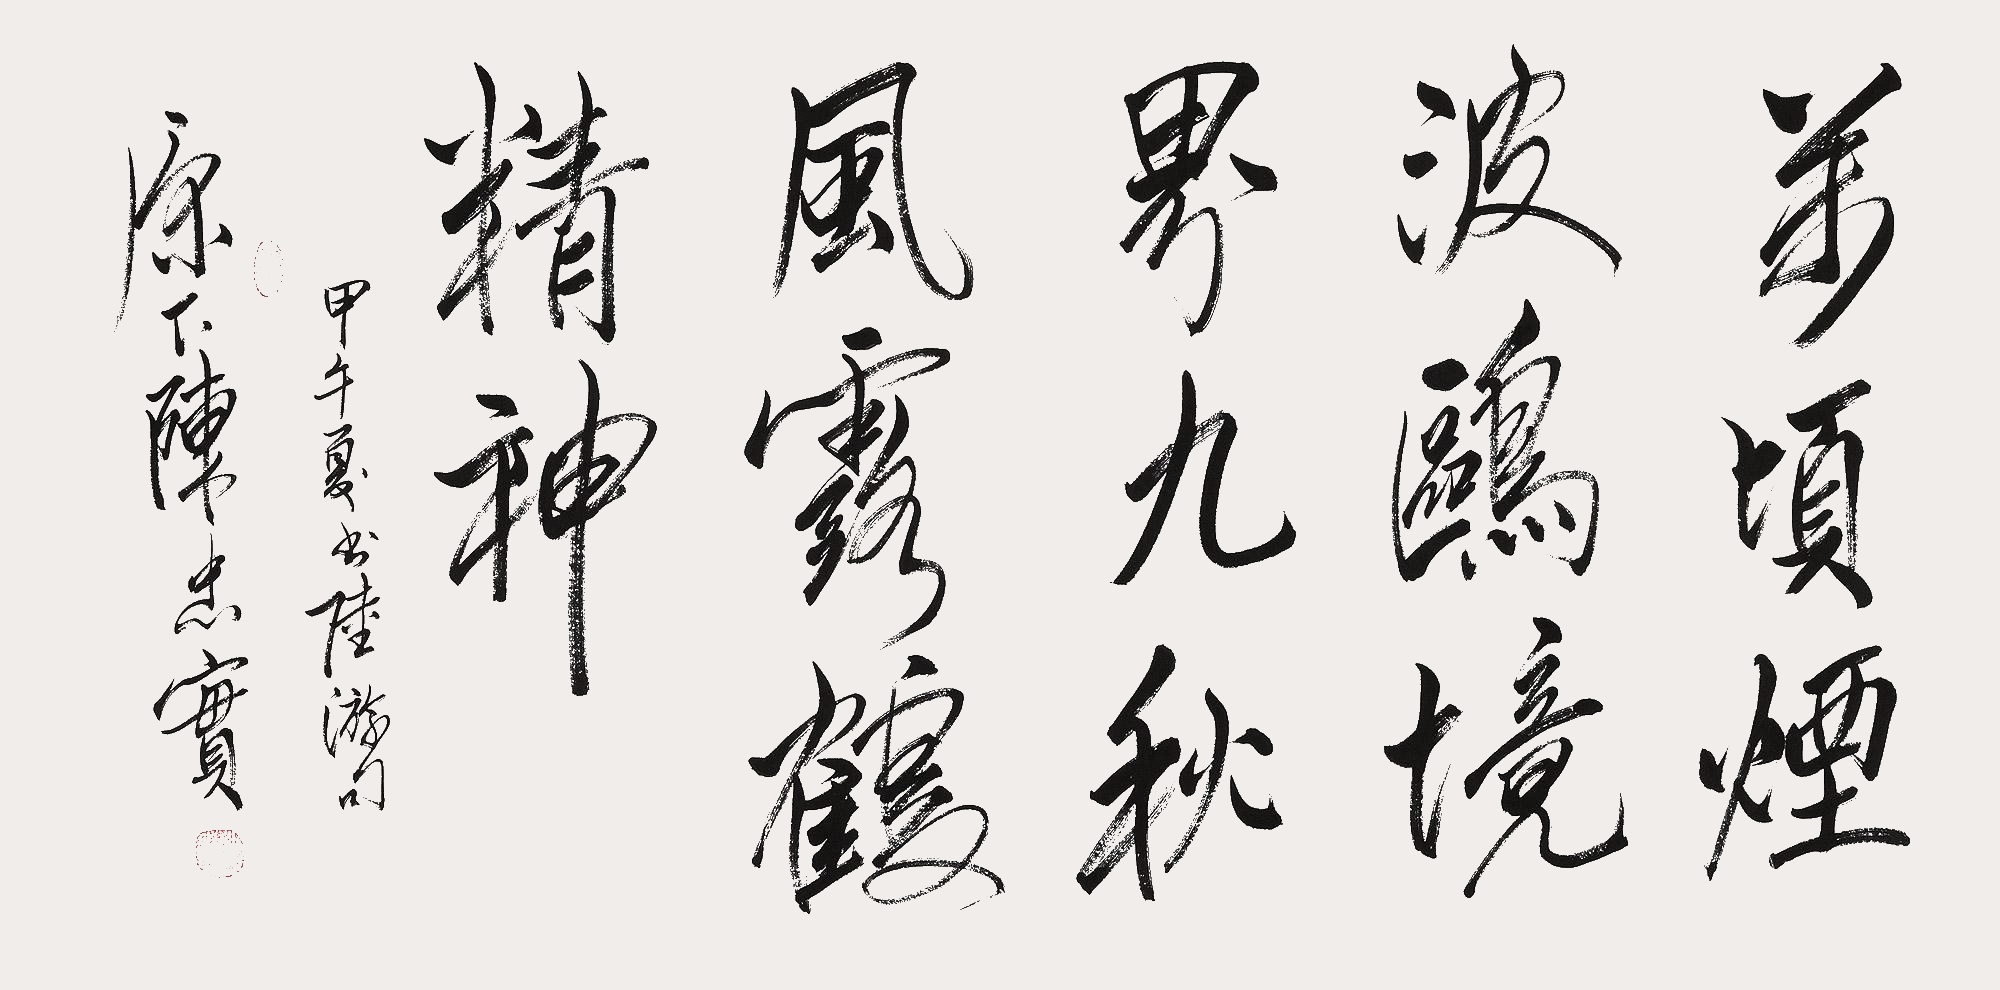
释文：万顷烟波鸥境界，九秋风露鹤精神。甲午（2014年）夏，书陆游句。原下陈忠实。